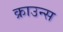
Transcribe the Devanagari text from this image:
क्राउन्स